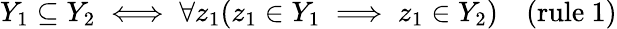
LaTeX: Y_{1}\subseteq Y_{2}\iff\forall z_{1}(z_{1}\in Y_{1}\implies z_{1}\in Y_{2})\quad{\mathrm{(rule~1)}}